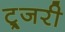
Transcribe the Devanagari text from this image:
ट्र्जरी